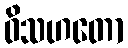
ဝိသဟတော